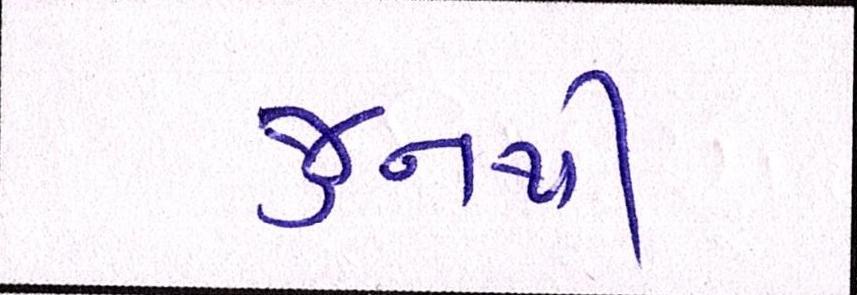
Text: જુનથી